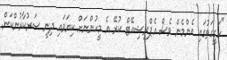
"ހަގީގަތުގައި އެންމެން ވެސް އެޕްރިޝިއޭޓް ކުރޭ އެ މީހުންނަށް ކިޔަވައި ދިނީ ސަރުކާރުންކަން.